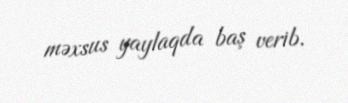
məxsus yaylaqda baş verib.